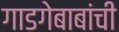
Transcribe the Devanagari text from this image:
गाडगेबाबांची